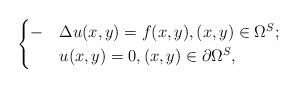
LaTeX: \begin{align*}\begin{cases}-&\Delta u(x,y) = f(x,y), (x,y) \in \Omega^S;\\&u(x,y) = 0, (x,y) \in \partial \Omega^S,\end{cases}\end{align*}